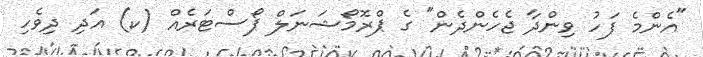
"އެންމެ ފަހު ވިންދާ ޖެހެންދެން" ގެ ޕްރޮމޯޝަނަލް ޕޯސްޓަރެއް (ކ) އަދި ދިވެހި